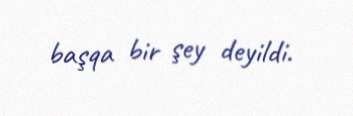
başqa bir şey deyildi.